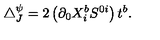
\triangle _ { J } ^ { \psi } = 2 \left( \partial _ { 0 } X _ { i } ^ { b } S ^ { 0 i } \right) t ^ { b } .